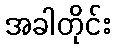
အခါတိုင်း